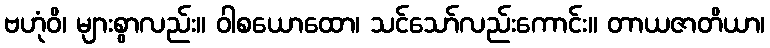
ဗဟုံဝိ၊ များစွာလည်း။ ဝါစယောထော၊ သင်သော်လည်းကောင်း။ တာယဇာတိယာ၊